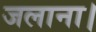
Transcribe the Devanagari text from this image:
जलाना।